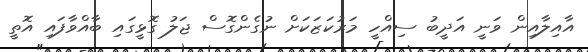
އާއިލާއިން ވަނީ އަދީބު ސިއްހީ މަރުކަޒަކަށް ނުގެންގޮސް ޖަލު ގޮޅީގައި ބާއްވާފައި އޮތީ